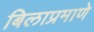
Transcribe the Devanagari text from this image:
बिलाप्रमाणे